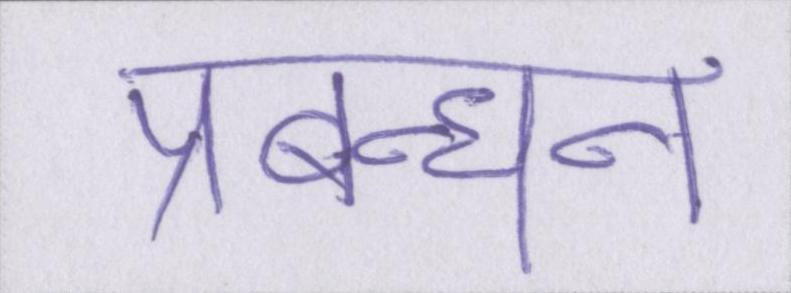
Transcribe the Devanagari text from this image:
प्रबन्धन